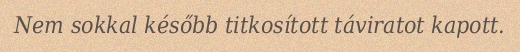
Nem sokkal később titkosított táviratot kapott.